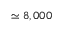
\simeq 8 , 0 0 0